Indian journal of veterinary science and animal husbandry - Volumes 24-25, 1954-1955
Year: 1954
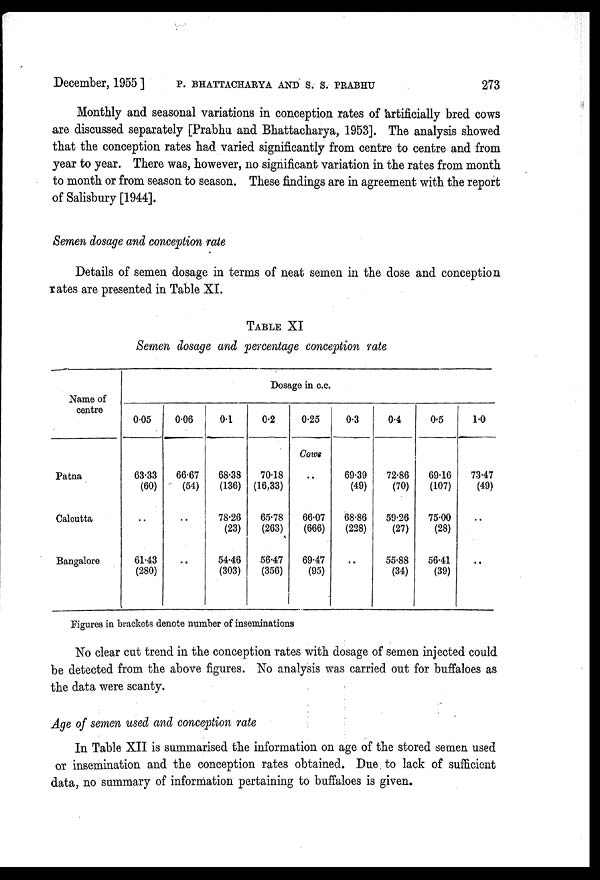
December, 1955] P. BHATTACHARYA AND S. S. PRABHU 273
Monthly and seasonal variations in conception rates of artificially bred cows
are discussed separately [Prabhu and Bhattacharya, 1953]. The analysis showed
that the conception rates had varied significantly from centre to centre and from
year to year. There was, however, no significant variation in the rates from month
to month or from season to season. These findings are in agreement with the report
of Salisbury [1944].
Semen dosage and conception rate
Details of semen dosage in terms of neat semen in the dose and conception
rates are presented in Table XI.
TABLE XI
Semen dosage and percentage conception rate
Name of
centre
Patna
Calcutta
Bangalore
Dosage in c.c.
0.05
63.33
(60)
..
61.43
(280)
0.06
66.67
(54)
..
..
0.1
68.38
(136)
78.26
(23)
54.46
(303)
0.2
70.18
(16,33)
65.78
(263)
56.47
(356)
0.25
Cows
..
66.07
(666)
69.47
(95)
0.3
69.39
(49)
68.86
(228)
..
0.4
72.86
(70)
59.26
(27)
55.88
(34)
0.5
69.16
(107)
75.00
(28)
56.41
(39)
1.0
73.47
(49)
..
..
Figures in brackets denote number of inseminations
No clear cut trend in the conception rates with dosage of semen injected could
be detected from the above figures. No analysis was carried out for buffaloes as
the data were scanty.
Age of semen used and conception rate
In Table XII is summarised the information on age of the stored semen used
or insemination and the conception rates obtained. Due to lack of sufficient
data, no summary of information pertaining to buffaloes is given.